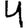
Digit: 4